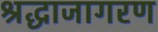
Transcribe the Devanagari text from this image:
श्रद्धाजागरण